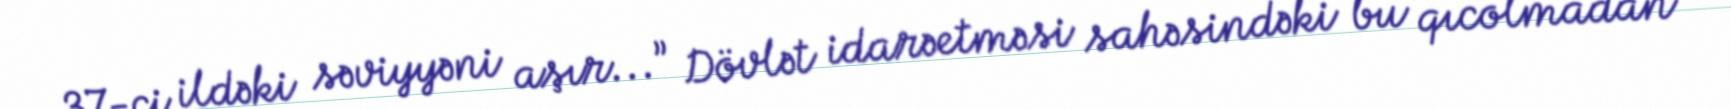
37-ci ildəki səviyyəni aşır...” Dövlət idarəetməsi sahəsindəki bu qıcolmadan